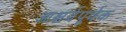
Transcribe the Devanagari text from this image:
आश्चर्यपूर्वक